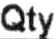
QTY